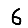
Digit: 6